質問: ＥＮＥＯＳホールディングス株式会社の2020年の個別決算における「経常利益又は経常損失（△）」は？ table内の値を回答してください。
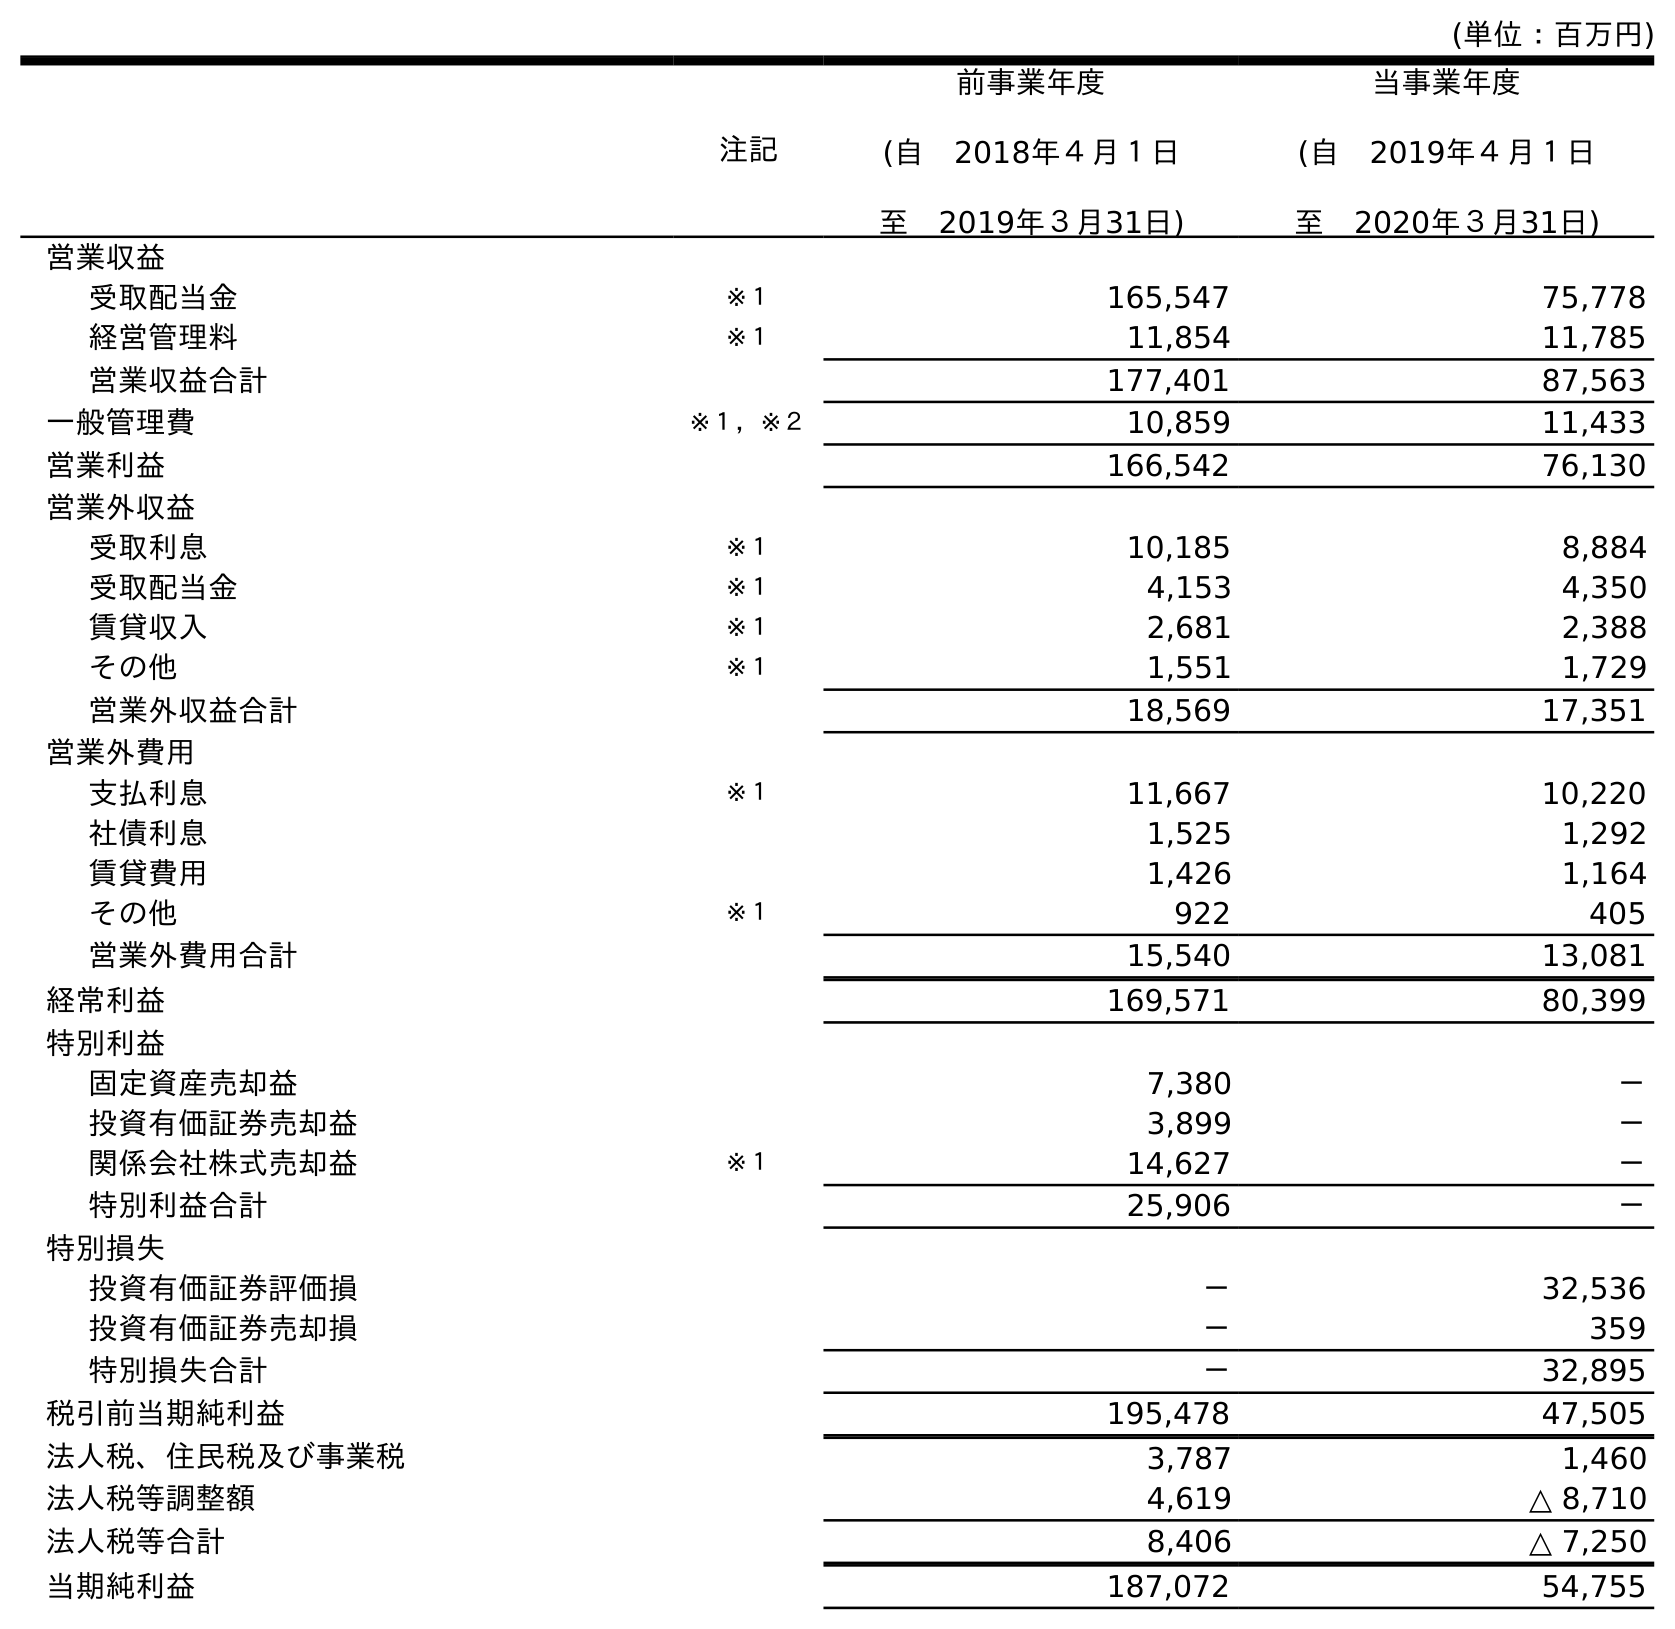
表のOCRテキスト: (単位：百万円) 注記 前事業年度 (自 2018年４月１日 至 2019年３月31日) 当事業年度 (自 2019年４月１日 至 2020年３月31日) 営業収益 受取配当金 ※１ 165,547 75,778 経営管理料 ※１ 11,854 11,785 営業収益合計 177,401 87,563 一般管理費 ※１，※２ 10,859 11,433 営業利益 166,542 76,130 営業外収益 受取利息 ※１ 10,185 8,884 受取配当金 ※１ 4,153 4,350 賃貸収入 ※１ 2,681 2,388 その他 ※１ 1,551 1,729 営業外収益合計 18,569 17,351 営業外費用 支払利息 ※１ 11,667 10,220 社債利息 1,525 1,292 賃貸費用 1,426 1,164 その他 ※１ 922 405 営業外費用合計 15,540 13,081 経常利益 169,571 80,399 特別利益 固定資産売却益 7,380 － 投資有価証券売却益 3,899 － 関係会社株式売却益 ※１ 14,627 － 特別利益合計 25,906 － 特別損失 投資有価証券評価損 － 32,536 投資有価証券売却損 － 359 特別損失合計 － 32,895 税引前当期純利益 195,478 47,505 法人税、住民税及び事業税 3,787 1,460 法人税等調整額 4,619 △ 8,710 法人税等合計 8,406 △ 7,250 当期純利益 187,072 54,755
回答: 80,399